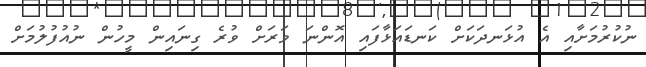
ނުކުރުމަށާއި އެ އުޅަނދަކަށް ކަނޑައަޅާފައި އޮންނަ ވަރަށް ވުރެ ގިނައިން މީހުން ނުއުފުލުމަށް